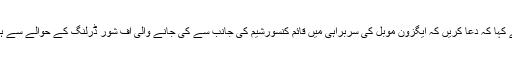
ڈان اخبار کی رپورٹ کے مطابق انہوں نے کہا کہ دعا کریں کہ ایگزون موبل کی سربراہی میں قائم کنسورشیم کی جانب سے کی جانے والی آف شور ڈرلنگ کے حوالے سے ہماری توقعات اور امیدیں سچ ثابت ہوجائیں۔